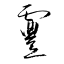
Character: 霻